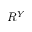
R ^ { Y }